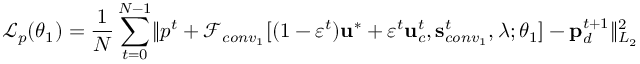
\mathcal { L } _ { p } ( \boldsymbol { \theta } _ { 1 } ) = \frac { 1 } { N } \sum _ { t = 0 } ^ { N - 1 } \lVert p ^ { t } + \mathscr { F } _ { c o n v _ { 1 } } [ ( 1 - \varepsilon ^ { t } ) \mathbf { u } ^ { * } + \varepsilon ^ { t } \mathbf { u } _ { c } ^ { t } , \mathbf { s } _ { c o n v _ { 1 } } ^ { t } , \boldsymbol { \lambda } ; \boldsymbol { \theta } _ { 1 } ] - \mathbf { p } _ { d } ^ { t + 1 } \rVert _ { L _ { 2 } } ^ { 2 }